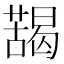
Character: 𱾮